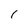
Character: 1